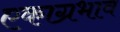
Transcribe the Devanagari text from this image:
एकाग्रभाव